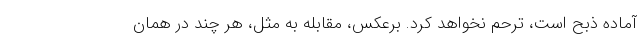
آماده ذبح است، ترحم نخواهد کرد. برعکس، مقابله به مثل، هر چند در همان